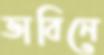
ভাবিনে